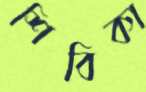
শিবিকা